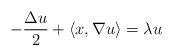
LaTeX: \begin{align*}- \frac{\Delta u}{2} + \langle x,\nabla u \rangle = \lambda u\end{align*}